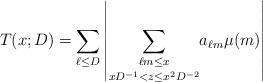
LaTeX: \begin{align*}T(x; D) = \sum_{\ell\le D}\left\lvert \underset{xD^{-1} < z\le x^2D^{-2}}{\sum_{\ell m \le x}}a_{\ell m}\mu(m)\right\rvert\end{align*}